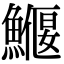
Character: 𩻖